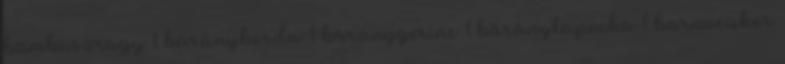
bambuszrügy 1 bárányborda 1 báránygerinc 1 báránylapocka 1 barnacukor